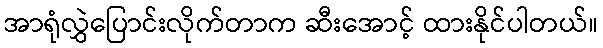
အာရုံလွှဲပြောင်းလိုက်တာက ဆီးအောင့် ထားနိုင်ပါတယ်။